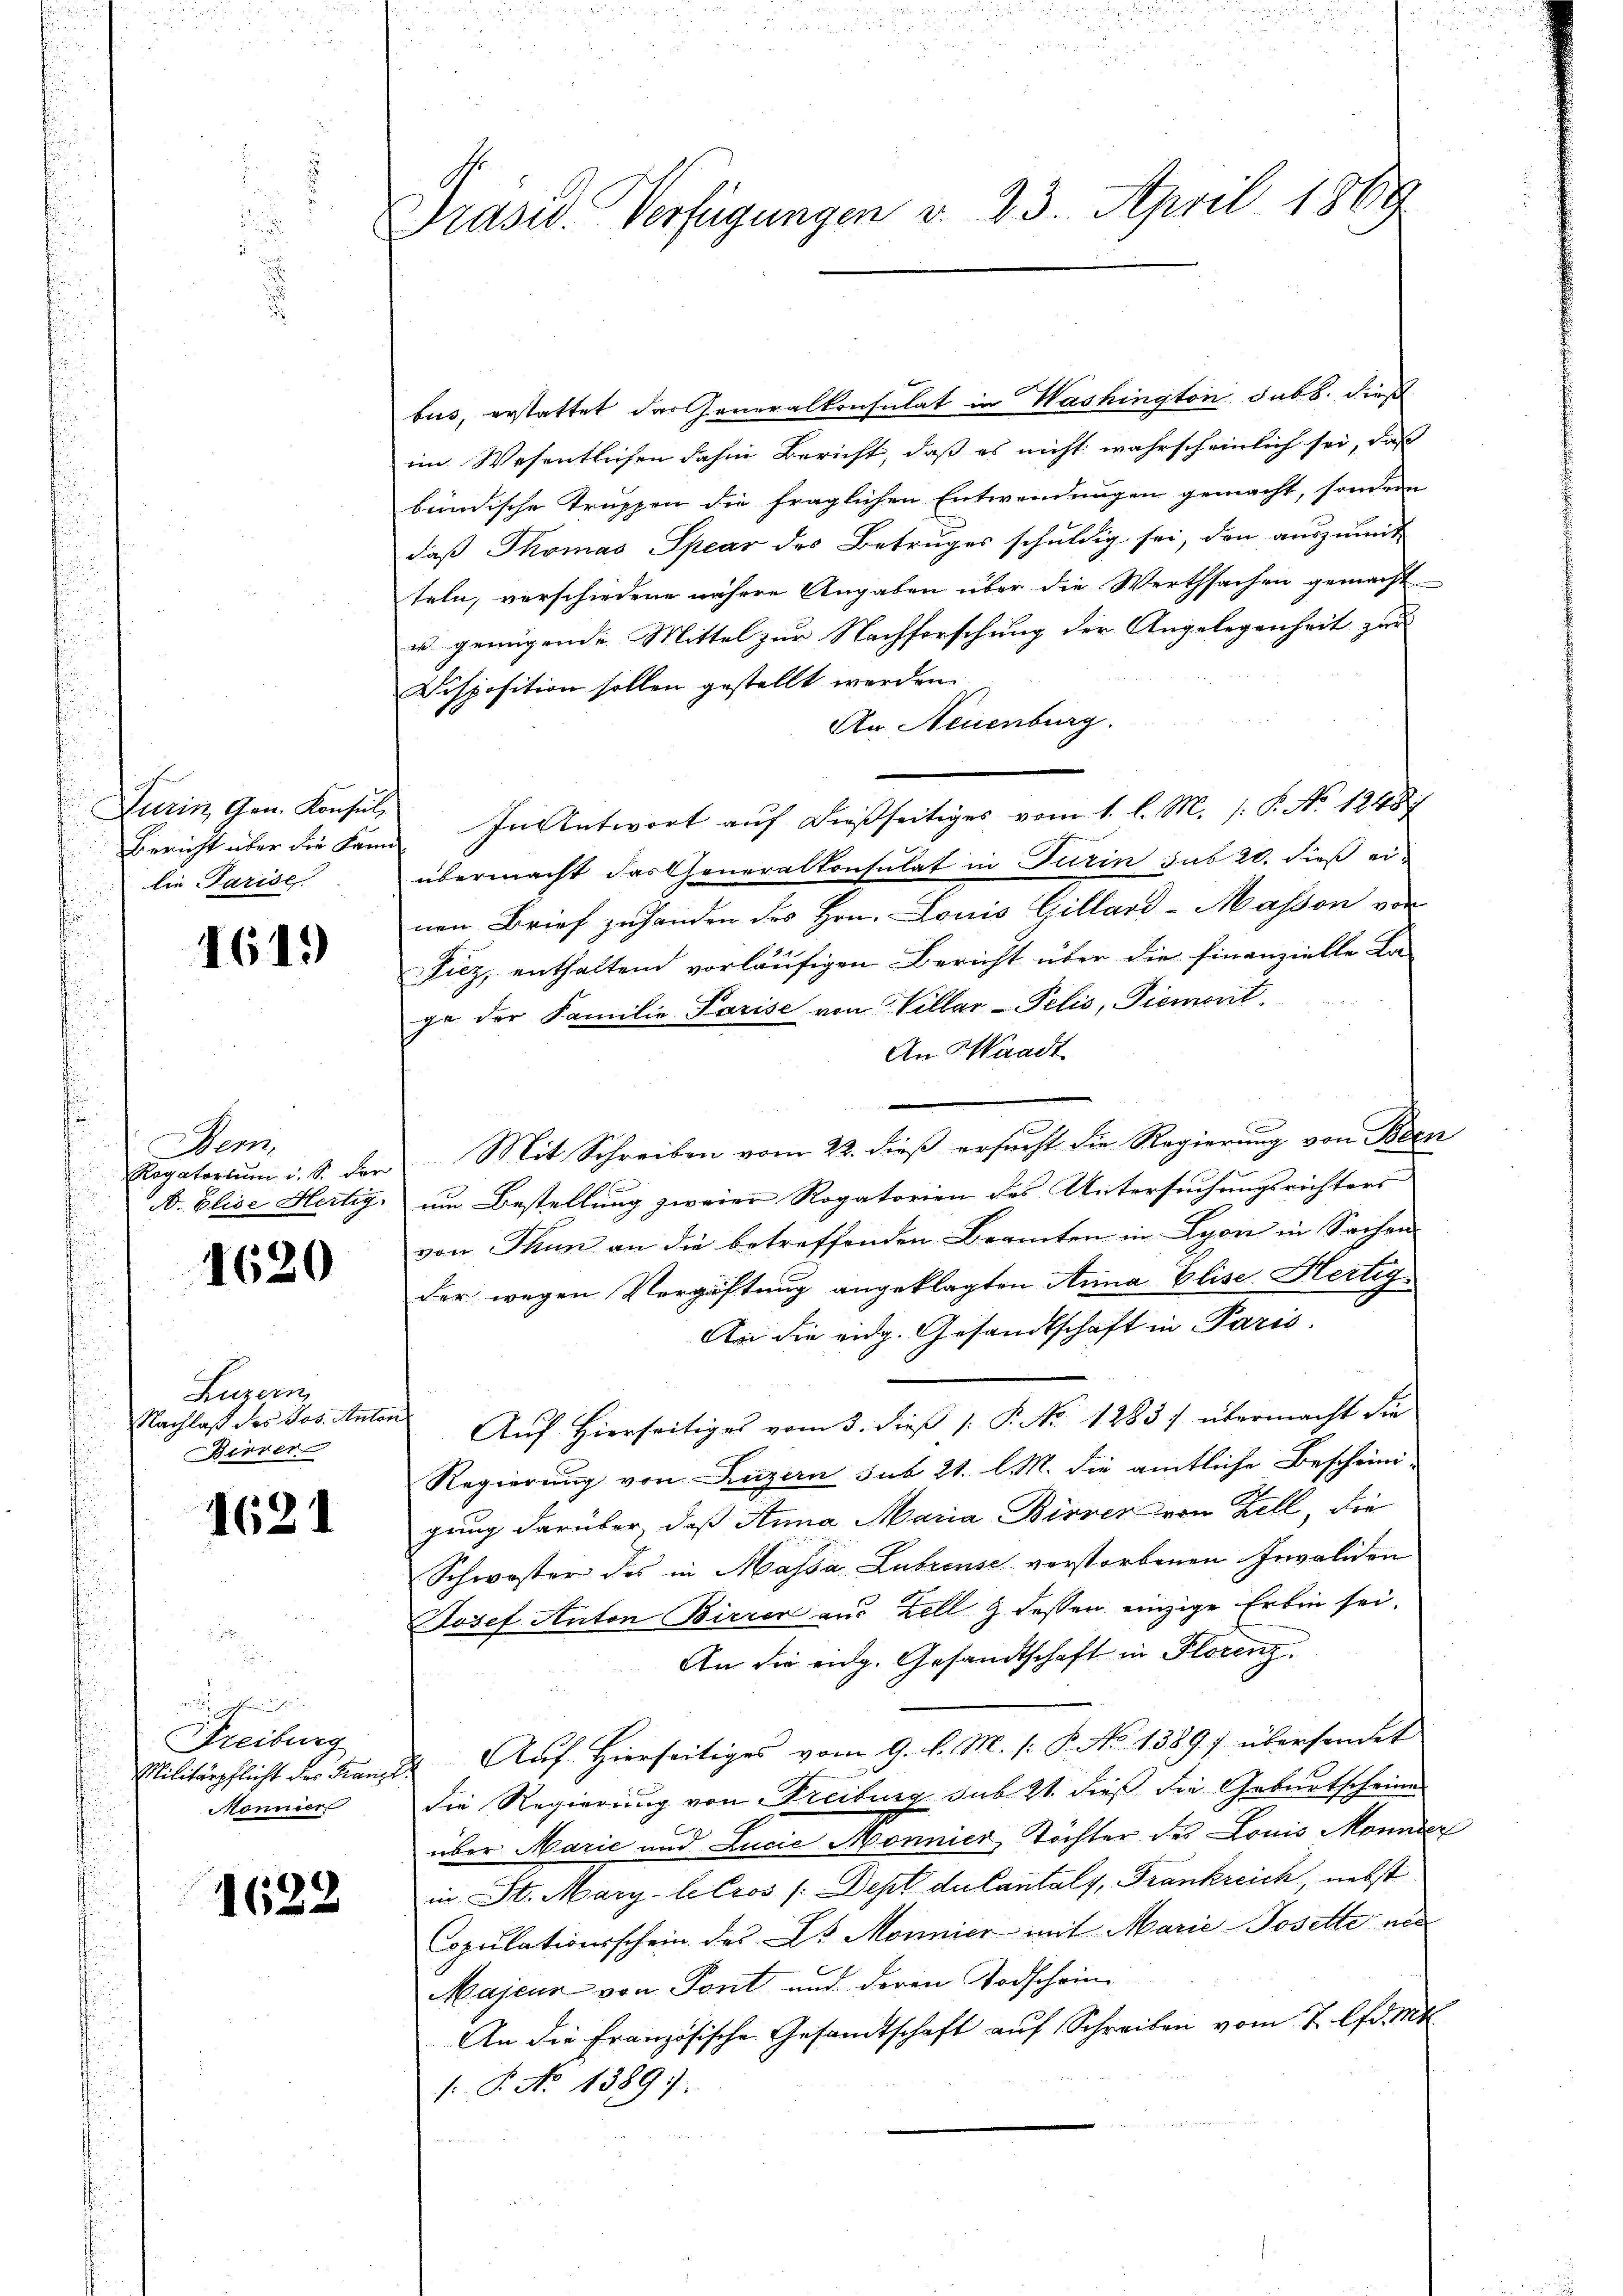
c
Fitzin Gen. Konsul
lie Parise

1619

Dem

1620

Luzern,
Nachlaß des des Anton
Birrer

1621

r  in
Freiburg
Mönnier

1622

Präsid. Verfügungen v. 23. April 1869

bus, erstattet das Generalkonsulat in Washington dubb. dieß
im Wesentlichen dahin Bericht, daß es nicht wahrscheinlich sei, dass
bündische Truppen die fraglichen Entwendungen gemacht, sondern
daß Thomas Spear des Betruges schuldig sei, den auszumit
teln, verschiedene nähere Angaben über die Werthsachen gemacht
u. genügende Mittel zur Nachforschung der Angelegenheit zur
Disposition sollen gestellt werden.
An Neuenburg.
Bericht über die kann. In Antwort auf dießseitiges vom 1. l. M. /: P. No 12487
übermacht das Generalkonsulat in Turin sub 20. dieß ei-
nen Brief zuhanden des Hrn. Louis Gillard-Massen von
iez, enthaltend vorläufigen Bericht über die finanzielle La-
ge der Familie Parise von Villar-Pelis, Piemont.
An Waadt
Ragatortŭm u. S. der Mit Schreiben vom 22. dieβ ersŭcht die Regierung von Bren
A. Elise Hertig, um Bestellung zweier Rogatorien des Untersuchungsrichters
von Thun an die betreffenden Beamten in Lyon in Sachen
der wegen Vergäftung angeklagten Anna Elise Hertig¬
An die eidg. Gesandtschaft in Paris.
Auf hierseitiges vom 3. dieβ (: P. No 1283. übermacht die
Regierung von Luzern sub 21. l. M. die amtliche Bescheinigung darüber, daß Anna Maria Birrer von Zell, die
Schwester des in Massa Lubrinse verstorbenen Invaliden
Josef Anton Birrer aus Zell & dessen einzige Erben sei.
An die eidg. Gesandtschaft in Florenz
Militärpflicht des Franz 22. Auf Hierseitiges vom 9. d. M. (: P. No 1389) übersendet
die Regierung von Freiburg sub 21. dieß die Geburtscheines
über Marie und Lucie Monnier Töchter des Louis Monnier
in St. Mary-Letros /:Dept du Cantaly, Frankreich, nebst
Copulationsschein des Dr Monnier mit Marie Posette na
Majenz von Tont und deren Todschein¬
An die Französische Gesandtschaft aŭf Schreiben vom 7. d. Mts.
1.P. No 1389.